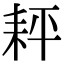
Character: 𦓬